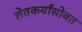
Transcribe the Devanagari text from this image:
शेतकर्यांसोबत